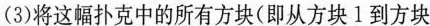
(3)将这幅扑克中的所有方块(即从方块1到方块